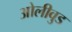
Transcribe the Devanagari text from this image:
ओलीवुड